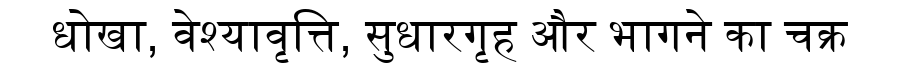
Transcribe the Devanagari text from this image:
धोखा, वेश्यावृत्ति, सुधारगृह और भागने का चक्र